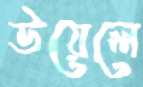
উয়েলে